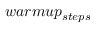
w a r m u p _ { s t e p s }